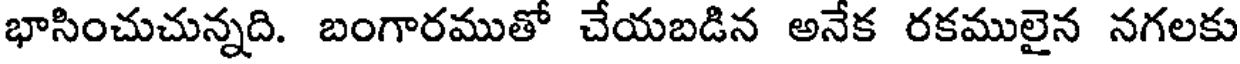
భాసించుచున్నది. బంగారముతో చేయబడిన అనేక రకములైన నగలకు